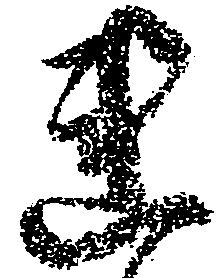
連